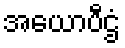
အယောပီဌံ